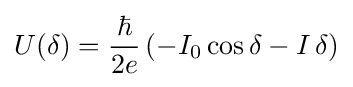
U(\delta )={\frac {\hbar }{2e}}\left(-I_{0}\cos \delta -I\,\delta \right)